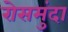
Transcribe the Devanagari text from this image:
रोसमुंदा